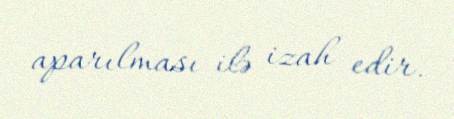
aparılması ilə izah edir.